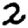
Digit: 2